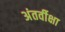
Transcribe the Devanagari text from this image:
अंतर्वीक्षा